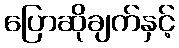
ပြောဆိုချက်နှင့်